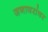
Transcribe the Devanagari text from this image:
जनावरांवर